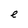
Character: e